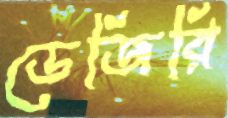
ডেজিরি